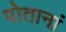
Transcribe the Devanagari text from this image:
पोतानां